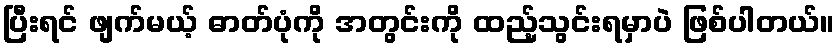
ပြီးရင် ဖျက်မယ့် ဓာတ်ပုံကို အတွင်းကို ထည့်သွင်းရမှာပဲ ဖြစ်ပါတယ်။